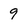
Character: 9